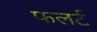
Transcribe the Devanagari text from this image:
फलर्ट